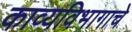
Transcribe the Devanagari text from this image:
काव्यविभागाचे